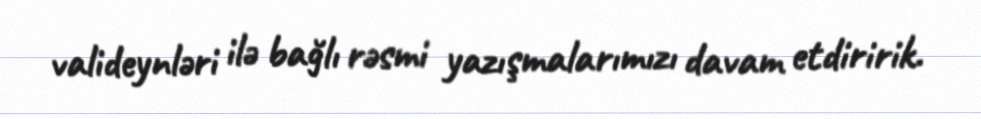
valideynləri ilə bağlı rəsmi yazışmalarımızı davam etdiririk.